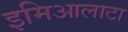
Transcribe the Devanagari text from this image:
इमिआलाटा